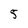
Character: 5